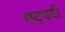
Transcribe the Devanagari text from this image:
षट्‍पदी